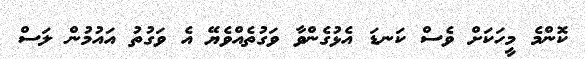
ކޮންމެ މީހަކަށް ވެސް ކަނޑަ އެޅުގެންވާ ވަގުތެއްވެޔޭ އެ ވަގުތު އައުމުން ލަސް